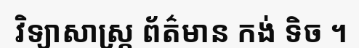
វិទ្យាសាស្ត្រ ព័ត៌មាន កង់ ទិច ។